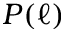
P ( \ell )